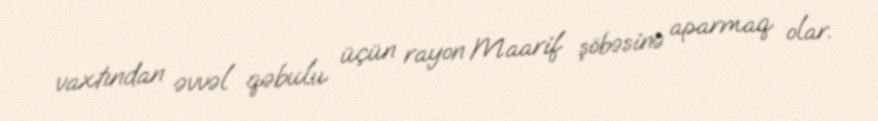
vaxtından əvvəl qəbulu üçün rayon Maarif şöbəsinə aparmaq olar.